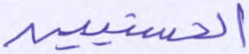
الحسنيين